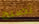
تصبح